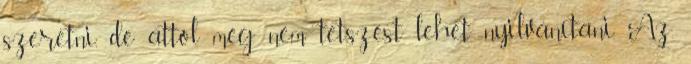
szeretni, de attól még nem tetszést lehet nyilvánítani. Az,